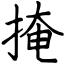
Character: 掩